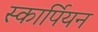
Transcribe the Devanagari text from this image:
स्कार्पियन